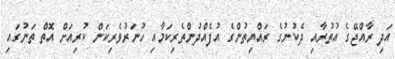
އަދި ރާއްޖޭގެ އުތުރާއި ދެކުނުގެ ރައްޔިތުންގެ އުފެއްދުންތެރިކަމާއި ހުނަރުވެރިކަން ކުރިއަށް އޮތް ތަނުގައި